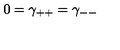
0 = \gamma _ { + + } = \gamma _ { -- }